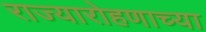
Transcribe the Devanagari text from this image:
राज्यारोहणाच्या